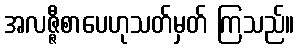
အလဇ္ဇီစာပေဟုသတ်မှတ် ကြသည်။